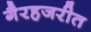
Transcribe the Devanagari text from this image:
गैरहजरीत